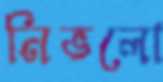
নিভলো